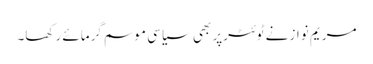
مریم نواز نے ٹوئٹرپر بھی سیاسی موسم گرمائے رکھا۔